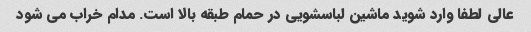
عالی لطفا وارد شوید ماشین لباسشویی در حمام طبقه بالا است. مدام خراب می شود